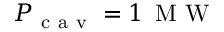
P _ { \mathrm { ~ c ~ a ~ v ~ } } = 1 \, \mathrm { ~ M ~ W ~ }